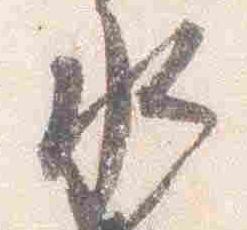
水